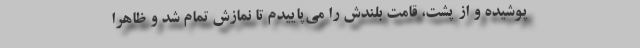
پوشیده و از پشت، قامت بلندش را می‌پاییدم تا نمازش تمام شد و ظاهراً